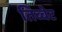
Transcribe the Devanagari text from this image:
तिब्बेट